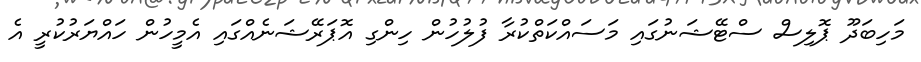
މަހިބަދޫ ޕޮލިސް ސްޓޭޝަނުގައި މަސައްކަތްކުރާ ފުލުހުން ހިންގި އޮޕަރޭޝަނެއްގައި އެމީހުން ހައްޔަރުކުރީ އެ